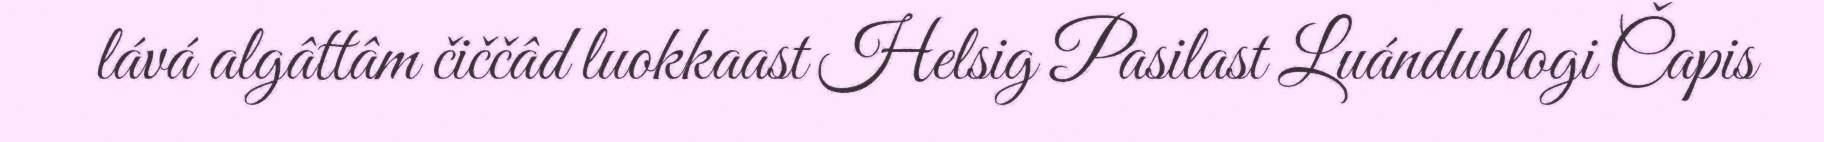
lává algâttâm čiččâd luokkaast Helsig Pasilast Luándublogi Čapis